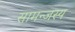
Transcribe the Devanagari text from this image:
सामन्‍जस्‍य